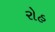
રોહ